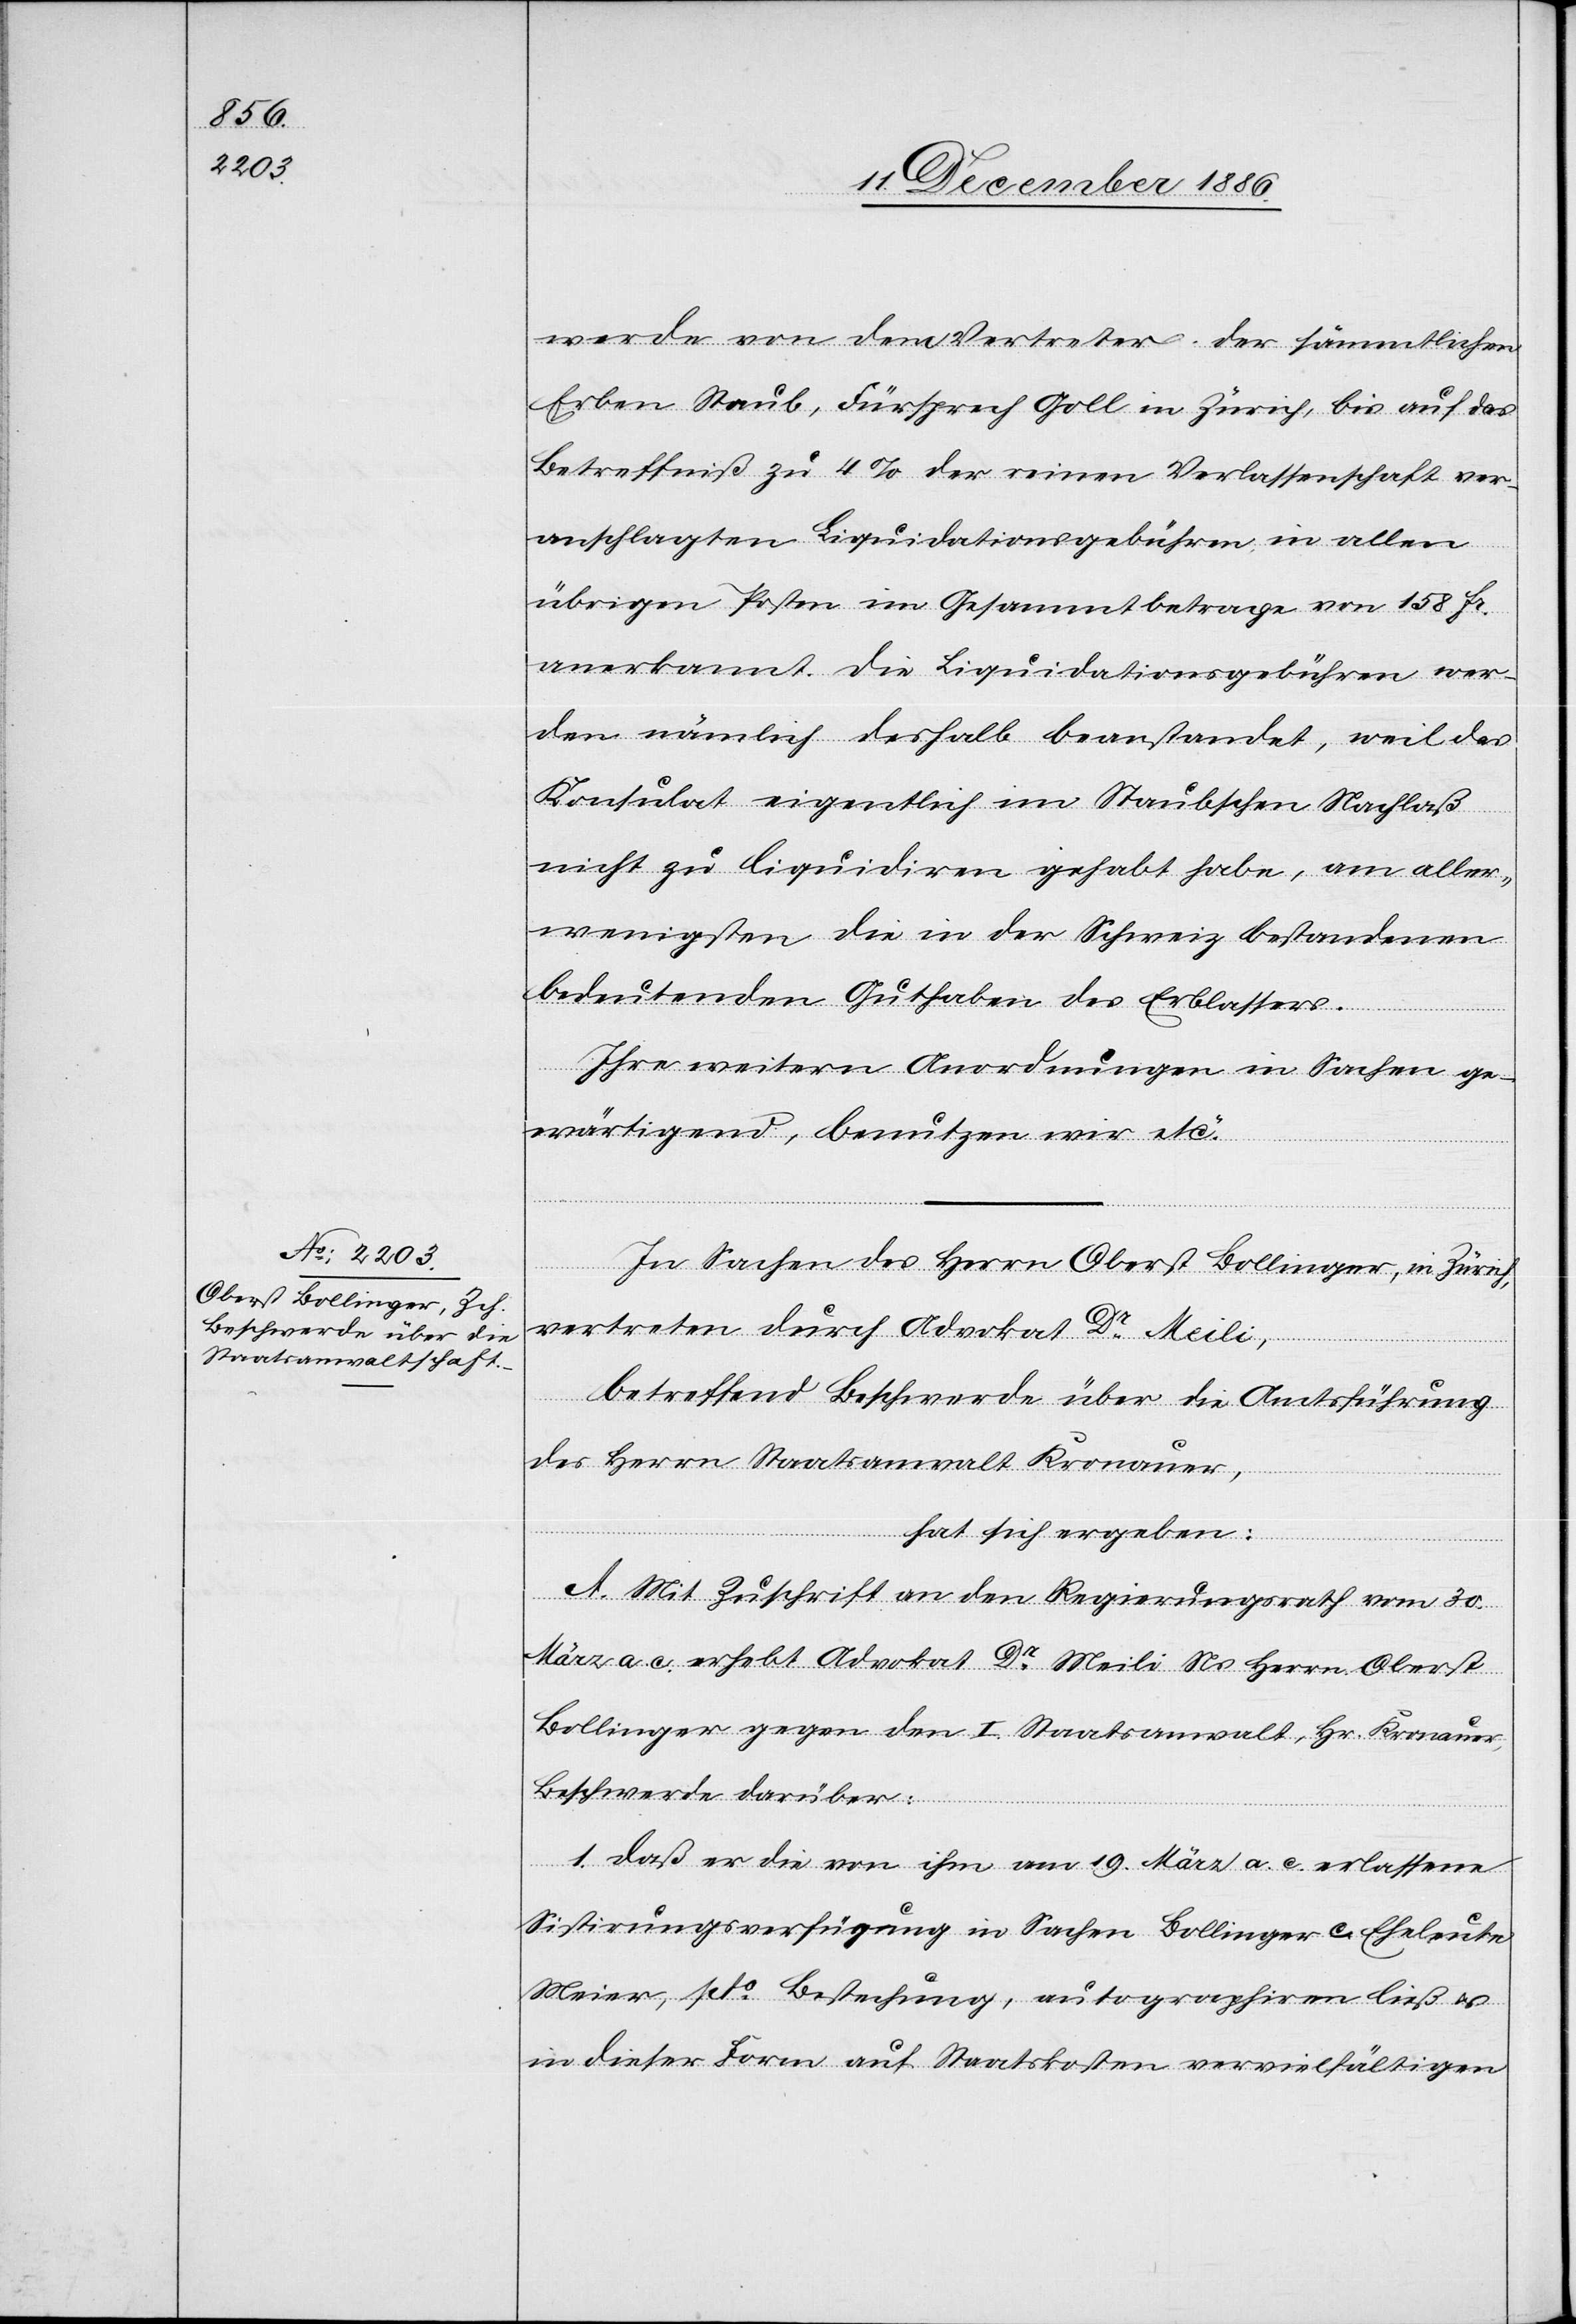
werde von dem Vertreter der sämmtlichen
Erben Staub, Fürsprech Goll in Zürich, bis auf das
Betreffniß zu 4% der reinen Verlassenschaft ver¬
anschlagten Liquidationsgebühren in allen
übrigen Posten im Gesammtbetrage von 158 Fr.
anerkannt. Die Liquidationsgebühren wer¬
den nämlich deshalb beanstandet, weil das
Konsulat eigentlich im Staubschen Nachlaß
nicht[s] zu liquidiren gehabt habe, am aller¬
wenigsten die in der Schweiz bestandenen
bedeutenden Guthaben des Erblassers.
Ihre weitern Anordnungen in Sachen ge¬
wärtigend, benutzen wir etc.“
In Sachen des Herrn Oberst Bollinger, in Zürich,
vertreten durch Advokat Dr Meili,
betreffend Beschwerde über die Amtsführung
des Herrn Staatsanwalt Kronauer,
hat sich ergeben:
A. Mit Zuschrift an den Regierungsrath vom 30.
März a. c. erhebt Advokat Dr Meili Ns. Herrn Oberst
Bollinger gegen den I. Staatsanwalt, Hr. Kronauer,
Beschwerde darüber:
1. Daß er die von ihm am 19. März a. c. erlassene
Sistirungsverfügung in Sachen Bollinger c. Eheleute
Meier, pto Bestechung, autographiren ließ &
in dieser Form auf Staatskosten vervielfältigen